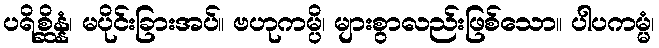
ပရိစ္ဆိန္နံ၊ မပိုင်းခြားအပ်။ ဗဟုကမ္ပိ၊ များစွာလည်းဖြစ်သော။ ပါပကမ္မံ၊